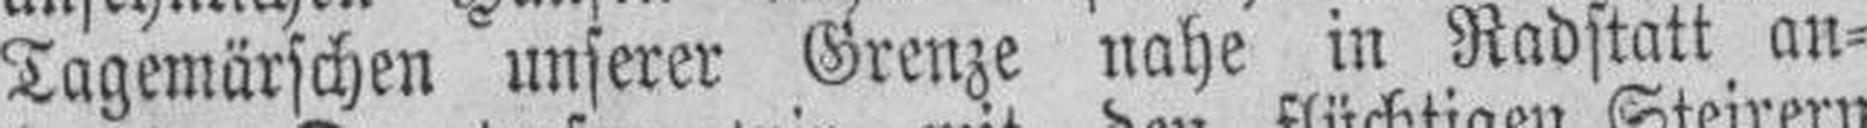
Tagemärschen unserer Grenze nahe in Radstatt an¬